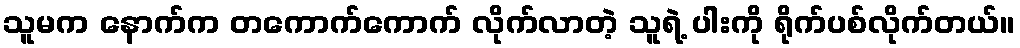
သူမက နောက်က တကောက်ကောက် လိုက်လာတဲ့ သူရဲ့ ပါးကို ရိုက်ပစ်လိုက်တယ်။